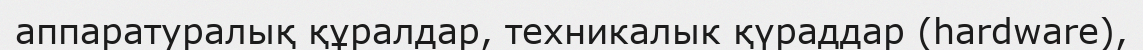
аппаратуралық құралдар, техникалык қүраддар (hardware),